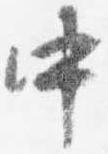
中